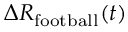
\Delta R _ { \mathrm { f o o t b a l l } } ( t )